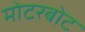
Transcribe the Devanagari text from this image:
मोटरबोट